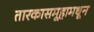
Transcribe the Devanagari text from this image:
तारकासमूहामधून